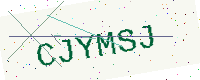
Text: CJYMSJ